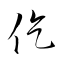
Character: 仡